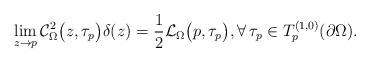
LaTeX: \begin{align*}\lim_{z\rightarrow p}\mathcal{C}^2_{\Omega}\big(z, \tau_p\big)\delta(z)=\frac12\mathcal{L}_{\Omega}\big(p, \tau_p\big),\forall\, \tau_p\in T^{(1,0)}_{p}(\partial \Omega).\end{align*}